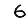
Digit: 6